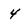
Character: 4